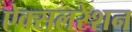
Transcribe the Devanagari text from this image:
ऐक्सलरेशन